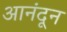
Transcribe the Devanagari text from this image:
आनंदून